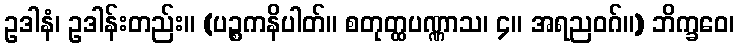
ဥဒါနံ၊ ဥဒါန်းတည်း။ (ပဉ္စကနိပါတ်။ စတုတ္ထပဏ္ဏာသ၊ ၄။ အရညဝဂ်။) ဘိက္ခဝေ၊